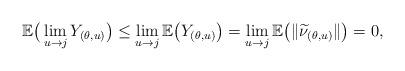
LaTeX: \begin{align*}\mathbb{E}\big(\lim_{u\to j} Y_{(\theta,u)}\big)\leq\lim_{u\to j}\mathbb{E}\big(Y_{(\theta,u)}\big) =\lim_{u\to j}\mathbb{E}\big(\|\widetilde{\nu}_{(\theta,u)}\|\big)=0,\end{align*}